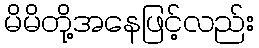
မိမိတို့အနေဖြင့်လည်း